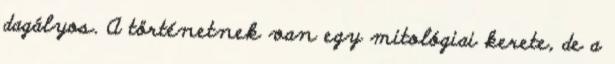
dagályos. A történetnek van egy mitológiai kerete, de a